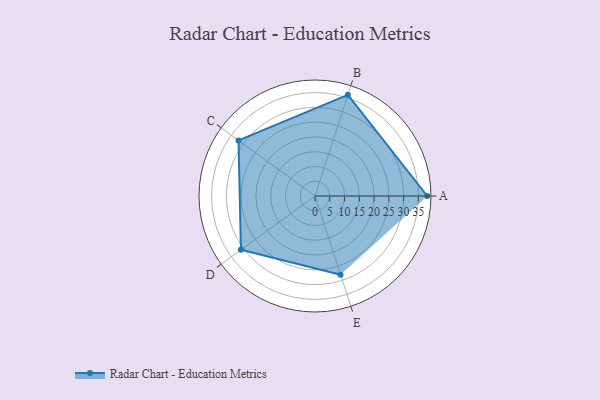
{"axis": {"x": "Skill", "y": "Score"}, "legend": ["Profile"], "data": [{"x": "A", "y": 38.0, "type": "Profile"}, {"x": "B", "y": 36.0, "type": "Profile"}, {"x": "C", "y": 32.0, "type": "Profile"}, {"x": "D", "y": 31.0, "type": "Profile"}, {"x": "E", "y": 28.0, "type": "Profile"}]}